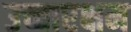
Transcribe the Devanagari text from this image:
उच्चारक्षम